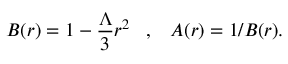
B ( r ) = 1 - { \frac { \Lambda } { 3 } } r ^ { 2 } \; \; \; , \; \; \; A ( r ) = 1 / B ( r ) .